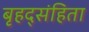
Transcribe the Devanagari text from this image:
बृहद्संहिता